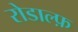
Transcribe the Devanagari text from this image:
रोडाल्फ़